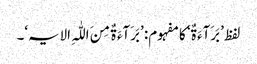
لفظ ’بَرَآءَ ۃٌ‘ کا مفہوم: ’بَرَآءَ ۃٌ مِنَ اللّٰہِ الایہ‘۔